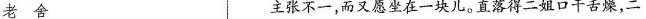
老 舍 主张不一，而又愿坐在一块儿。直落得二姐口干舌燥，二